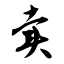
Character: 卖